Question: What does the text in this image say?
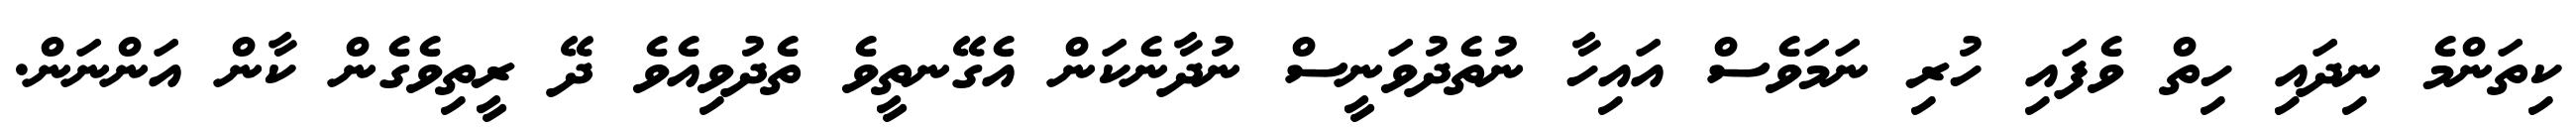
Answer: ކިތަންމެ ނިދައި ހިތް ވެފައި ހުރި ނަމަވެސް އައިހާ ނުތެދުވަނީސް ނުދާނެކަން އެގޭނތީވެ ތެދުވިއެވެ ދޭ ރީތިވެގެން ކާން އަންނަން.